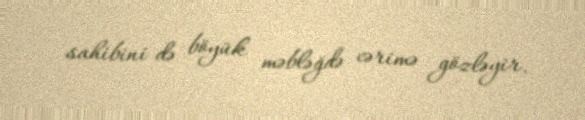
sahibini də böyük məbləğdə cərimə gözləyir.